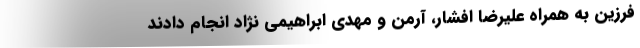
فرزین به همراه علیرضا افشار، آرمن و مهدی ابراهیمی نژاد انجام دادند